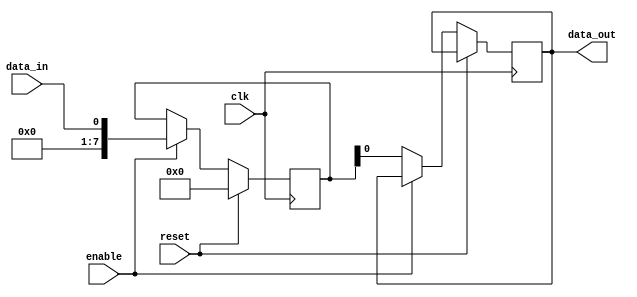
module bidirectional_buffer (
    input wire clk,
    input wire reset,
    input wire enable,
    input wire data_in,
    output wire data_out
);

reg [7:0] buffer;

always @(posedge clk) begin
    if (reset) begin
        buffer <= 8'b0;
    end else begin
        if (enable) begin
            buffer <= data_in; // Input data transfer
        end else begin
            data_out <= buffer; // Output data transfer
        end
    end
end

endmodule